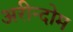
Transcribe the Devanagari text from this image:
अरीन्दोम